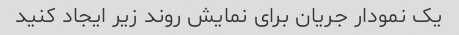
یک نمودار جریان برای نمایش روند زیر ایجاد کنید